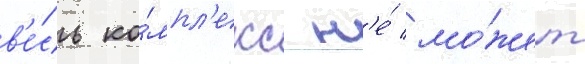
в'е́сь ко́мпл'екс н'е́ мо́жет